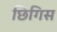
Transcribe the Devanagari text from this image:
छिगिस